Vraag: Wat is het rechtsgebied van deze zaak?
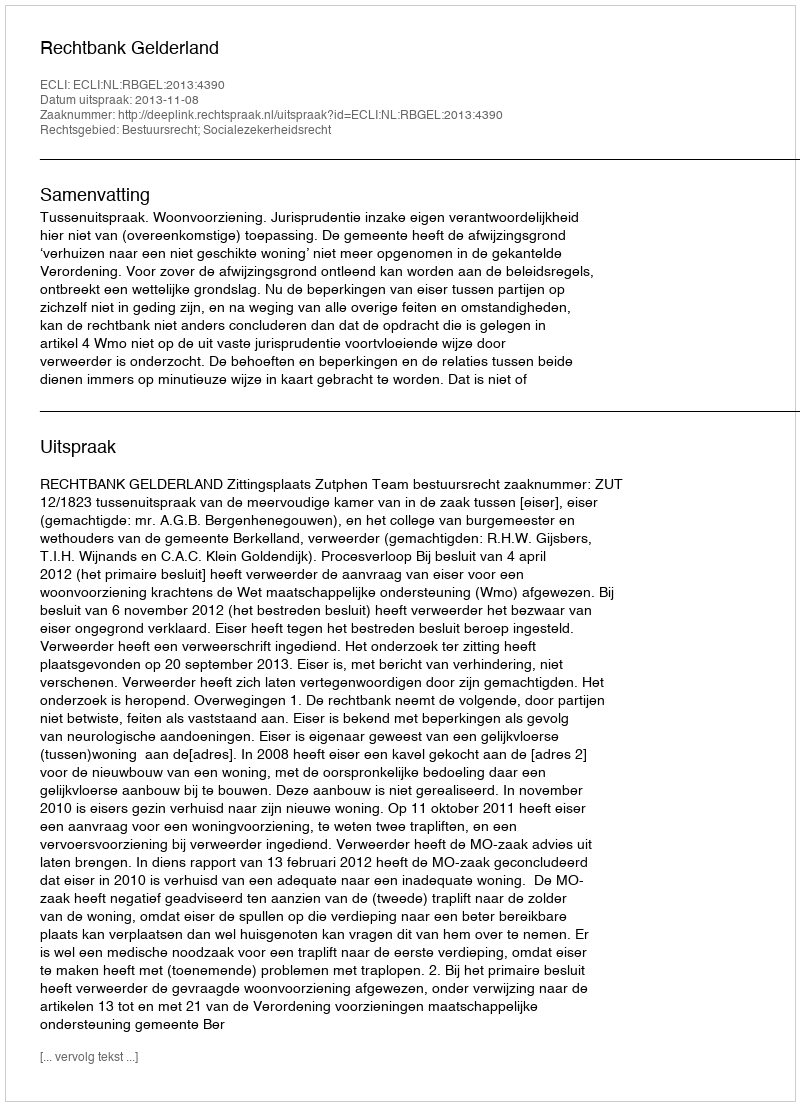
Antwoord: Bestuursrecht; Socialezekerheidsrecht